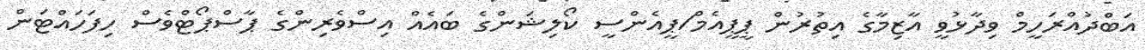
އަބްދުއްރަހީމް ވިދާޅުވީ އާޒިމާގެ އިތުރުން ޕީޕީއެމް/ޕީއެންސީ ކޯލިޝަންގެ ބައެއް އިސްވެރިންގެ ޕާސްޕޯޓްވެސް ހިފަހައްޓަން